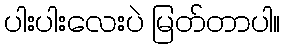
ပါးပါးလေးပဲ မြတ်တာပါ။